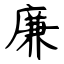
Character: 廉